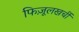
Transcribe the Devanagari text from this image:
फिज़ूलखर्ची